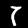
Label: 7